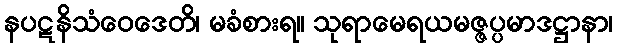
နပဋနိသံဝေဒေတိ၊ မခံစားရ။ သုရာမေရယမဇ္ဇပ္ပမာဒဋ္ဌာနာ၊